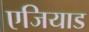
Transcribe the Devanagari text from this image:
एजियाड